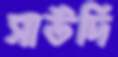
সাউদি